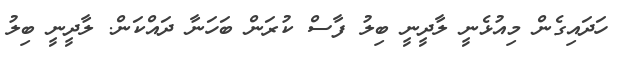
ހަދައިގެން މިއުޅެނީ ލާދީނީ ބިލު ފާސް ކުރަން ބަހަނާ ދައްކަން. ލާދީނީ ބިލު